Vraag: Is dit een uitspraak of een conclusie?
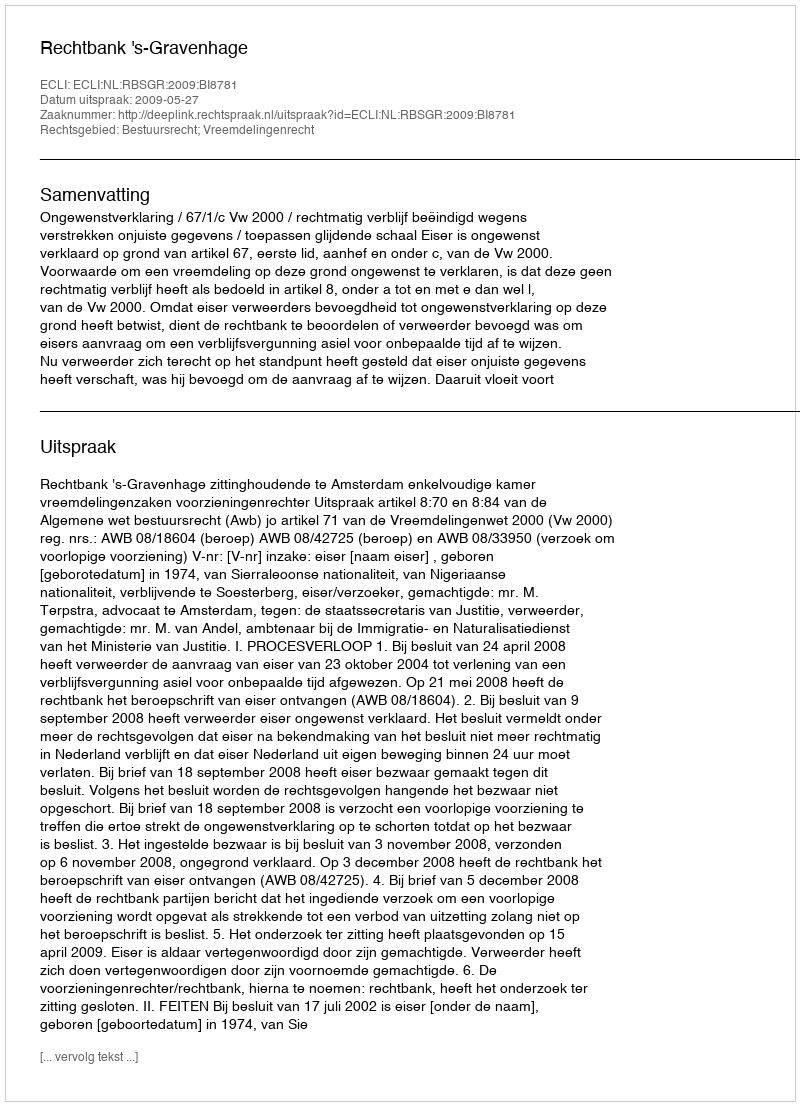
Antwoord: Uitspraak